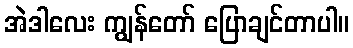
အဲဒါလေး ကျွန်တော် ပြောချင်တာပါ။